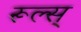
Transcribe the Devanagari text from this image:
रूल्स्